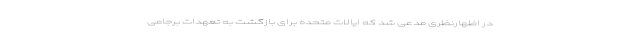
در اظهارنظری مدعی شد که ایالات متحده برای بازگشت به تعهدات برجامی